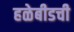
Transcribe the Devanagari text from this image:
हळेबीडची